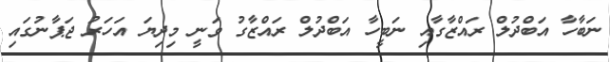
ނަބާހާ އަބްދުލް ރައްޒާގާއި ނަބީހާ އަބްދުލް ރައްޒާގު ވަނީ މިދިޔަ އަހަރު ޖަޕާނުގައި